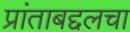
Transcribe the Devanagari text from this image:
प्रांताबद्दलचा